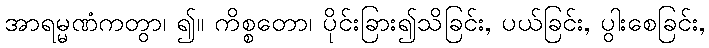
အာရမ္မဏံကတွာ၊ ၍။ ကိစ္စတော၊ ပိုင်းခြား၍သိခြင်း, ပယ်ခြင်း, ပွါးစေခြင်း,